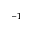
^ { - 1 }